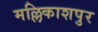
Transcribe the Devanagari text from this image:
मल्लिकाशपुर